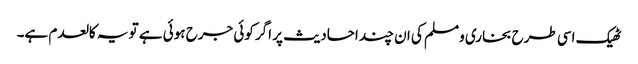
ٹھیک اسی طرح بخاری ومسلم کی ان چند احادیث پر اگر کوئی جرح ہوئی ہے تو یہ کالعدم ہے۔